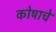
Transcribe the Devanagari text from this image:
कोषाचे